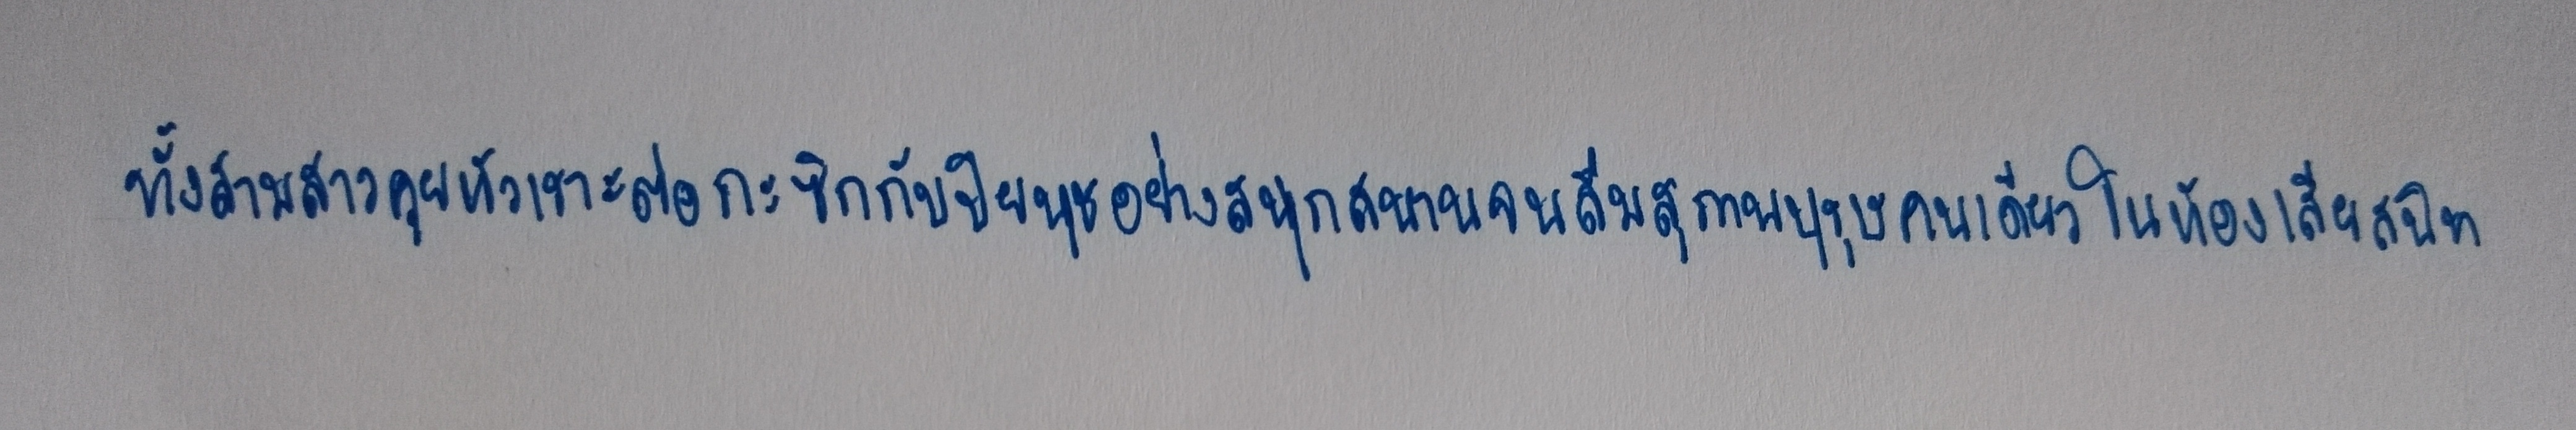
ทั้งสามสาวคุยหัวเราะต่อกะซิกกับปิยนุชอย่างสนุกสนานจนลืมสุภาพบุรุษคนเดียวในห้องเสียสนิท